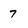
Character: 7